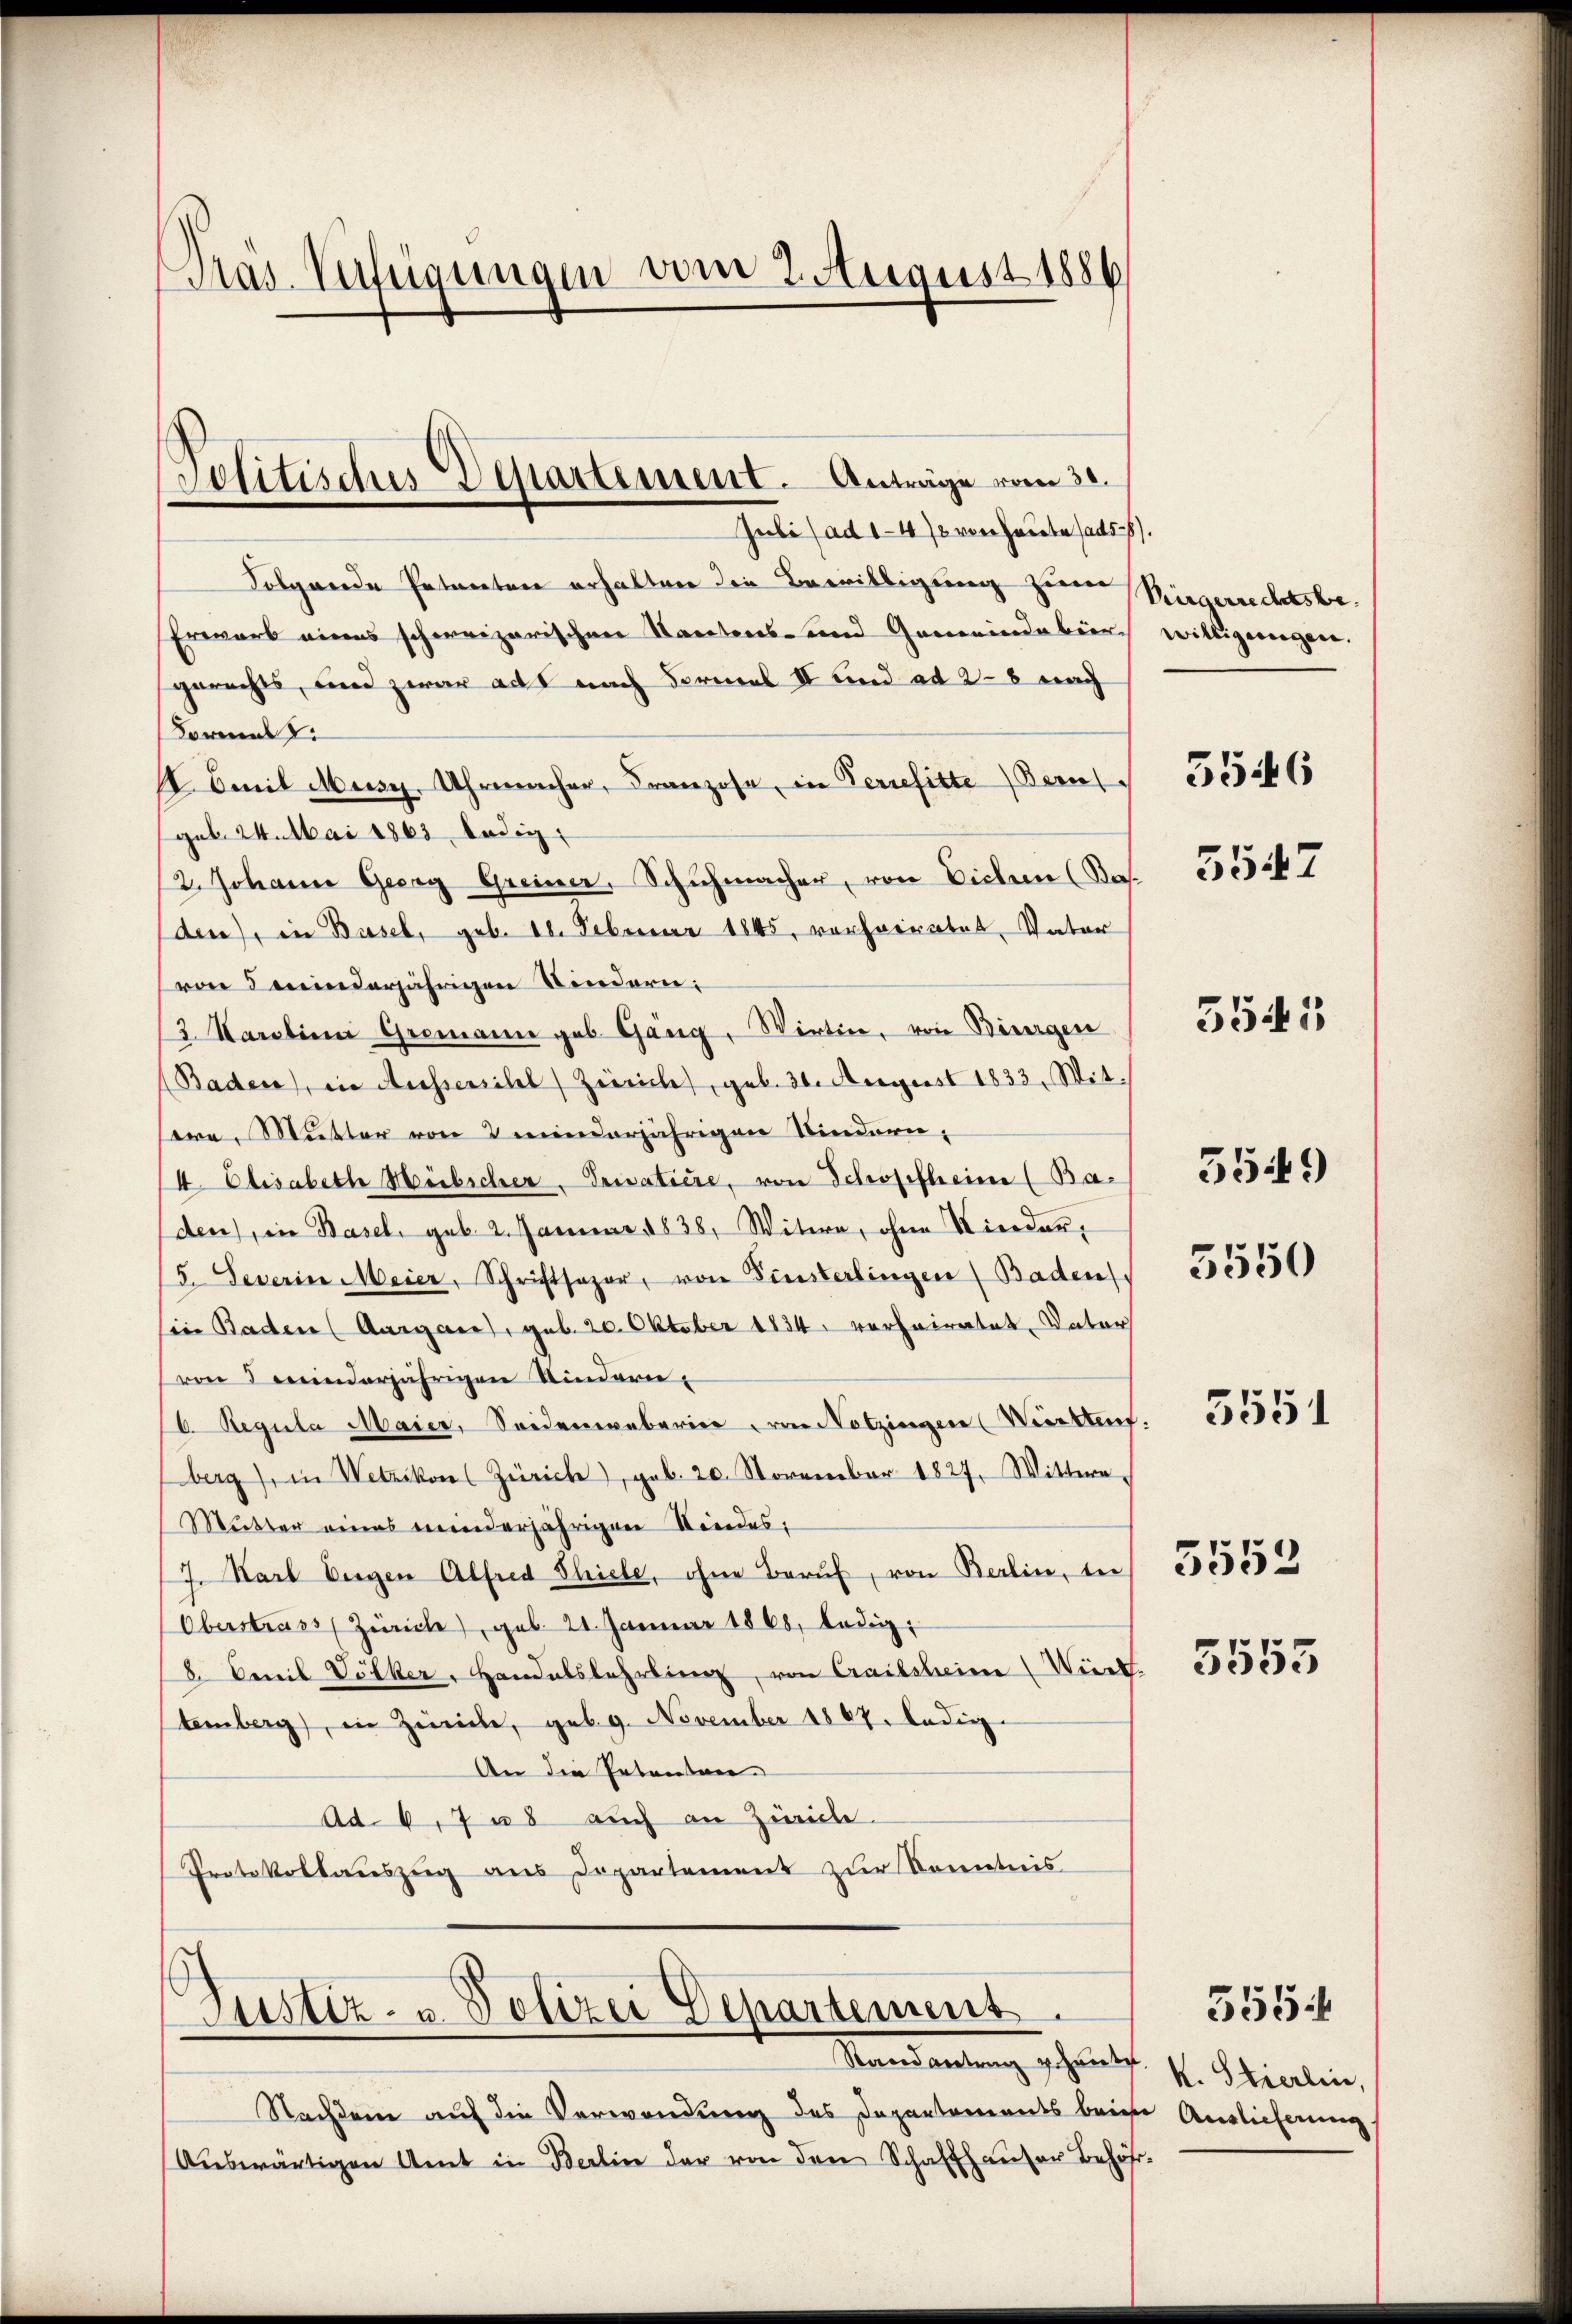
Pras. Verfügungen vom 2. August 1886

Jubi (ad 147 von Heute sad58).
Folgende Petenten erhalten die Bewilligung zur Vergerrechtsbe¬
Erwarb eines schweizerischen Stantens- und Gemeindabier
gerechts, und zwar aus nach Formel II und ad 28 nach
Form z
I. mit Mury, Uhrmacher, Franzose, in Perrefitte Bern
(geb. 24. Mai 1863 ledig
2. Johann Georg Greiner, Schuhmacher, von Eichen (Bas.
den), in Basel, geb. 18. Februar 1845, vorheiratet, Vater
von 5 minderjährigen Kindern:
2. Karolien Gromann geb. Gäng, Wirtin, von Bürgen
(Baden, in Aussersihl, Zürich, geb. 30. August 1833. Witere, Mutter von 2 minderjährigen Kindern¬
I. Elisabeth Hübscher, Privatiere, von Schosefheim (Baden), in Basel, geb. 2. Januar 1838, Witwe, ohne Kinder¬
/5. Severin Meier, Schriftsager, von Finsterlingen (Baden
sin Baden (Aargare), geb. 20. Oktober 1834. verheiratet, Vater
von 3 meinderjährigen Kindern,
6. Regula Maier, Seidenweberier, von Notzingen (Württen.
berg), in Wetzikons Zürich), geb. 20. November 1827. Wittwe,
Mutter eines minderjährigen Kindes:
7. Karl Eigen Alfred Shiele, ohne Beruf, von Berlin, die
Oberstrass Zürich), geb. 21. Januar 1868, ledig,
8. Oeril Völker-Handelslehrling, von Crailsheim Würt
temberg, in Zürich, geb. 9. November 1867. ledig
An die Petentner
Ad. 6, 7 u. auch an Zürich.
Protokollauszug aus Departement zur Kenntnis

Politisches Departement. Anträge vom 30.

Justiz- u. Polizei Departement
Mandantung schrif

Nachdem auf die Verwendung des Departements beim Auslieferung
Aŭswärtigen Amt in Berlin der von den Schaffhausen Behör¬

willigeregen.

5546

5547

5545

5549

3550

3551

3553

3555

5554

k. Stierlin,